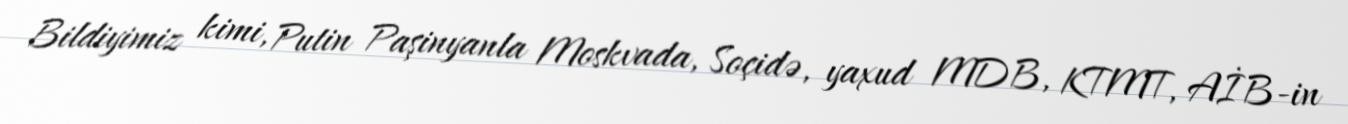
Bildiyimiz kimi, Putin Paşinyanla Moskvada, Soçidə, yaxud MDB, KTMT, AİB-in